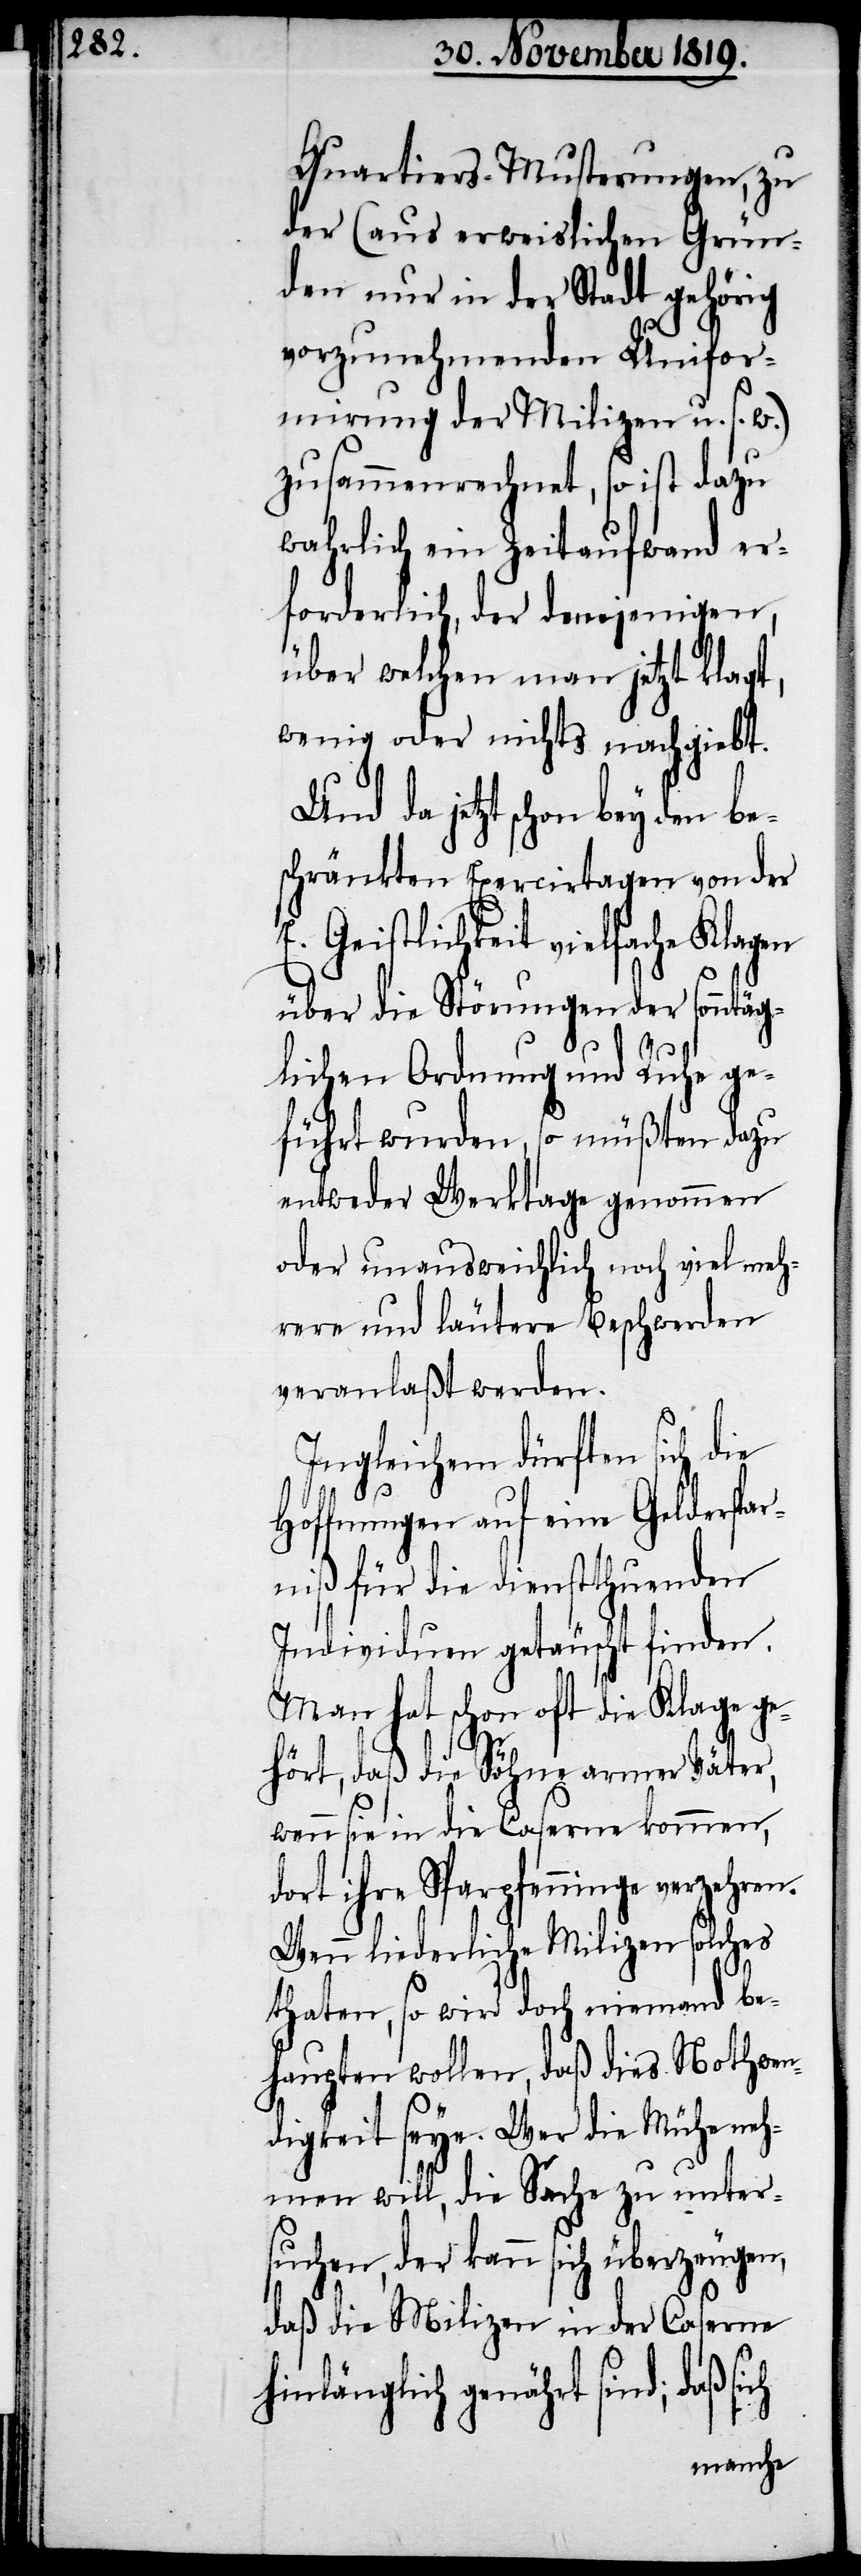
Quartiers-Musterungen, zu
der (aus erweislichen Grün¬
den nur in der Stadt gehörig
vorzunehmenden Unifor¬
mirung der Milizen u. s. w.)
zusammenrechnet, so ist dazu
wahrlich ein Zeitaufwand er¬
forderlich, der demjenigen,
über welchen man jetzt klagt,
wenig oder nichts nachgiebt.
Und da jetzt schon bey den be¬
schränkten Exercirtagen von der
E. Geistlichkeit vielfache Klagen
über die Störungen der sonntäg¬
lichen Ordnung und Ruhe ge¬
führt wurden, so müßten dazu
entweder Werktage genommen
oder unausweichlich noch viel meh¬
rere und läutere Beschwerden
veranlaßt werden.
Ingleichem dürften sich die
Hoffnungen auf eine Gelderspar¬
niß für die dienstthuenden
Individuen getäuscht finden.
Man hat schon oft die Klage ge¬
hört, daß die Söhne armer Väter,
wenn sie in die Caserne kommen,
dort ihre Sparpfenninge verzehren.
Wenn liederliche Milizen solches
thaten, so wird doch niemand be¬
haupten wollen, daß dies Nothwen¬
digkeit seye. Wer die Mühe neh¬
men will, die Sache zu unter¬
suchen, der kann sich überzeugen,
daß die Milizen in der Caserne
hinlänglich genährt sind; daß